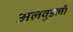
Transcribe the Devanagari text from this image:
अलवुडली